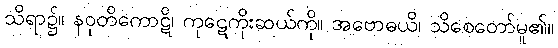
သိရာ၌။ နဝုတိကောဋိ၊ ကုဋေကိုးဆယ်ကို။ အဗောဓယိ၊ သိစေတော်မူ၏။